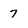
Character: 7